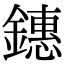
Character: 鏸